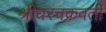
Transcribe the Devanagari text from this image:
श्रीधरचक्रवर्ती